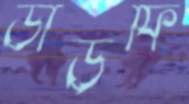
ডাউফি